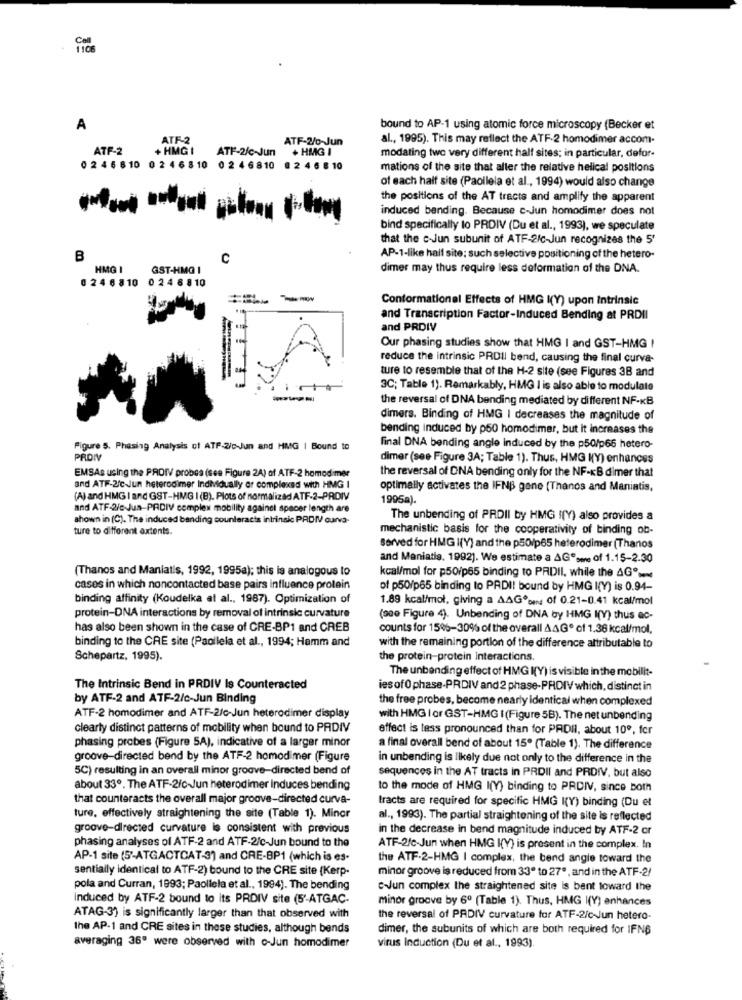
A
bound to AP-1 using atomic force microscopy (Becker et
ATF-2
ATF-2/0-Jun
al ., 1995). This may reflect the ATF-2 homodimer accom-
ATF-2
+ HMG I
ATP-2/c-Jun
+ HMG I
modating two very different half sites; in particular, defor-
0 2 46 610 0 2 4 6 810
0 2 4 6 810 0 2 4 6 8 10
mations of the site that aller the relative helical positions
of each half site (Paollela et al ., 1994) would also change
the positions of the AT tracts and amplify the apparent
induced bending. Because c-Jun homodimer does not
bind specifically to PRDIV (Du et al ., 1993), we speculate
that the c-Jun subunit of ATF-2/c-Jun recognizes the 5'
B
C
AP-1-like half site; such selective positioning of the hetero-
HMG I
GST-HMQ I
dimer may thus require less deformation of the DNA.
0 24 6 810 0 24 8 810
== =
Conformational Effects of HMG I(Y) upon intrinsic
and Transcription Factor-Induced Bending at PRDII
and PRDIV
Our phasing studies show that HMG I and GST-HMG !
reduce the intrinsic PRDII bend, causing the final curva-
ture to resemble that of the H-2 site (see Figures 3B and
3C; Table 1). Remarkably, HMG I is also able to modulate
the reversal of DNA bending mediated by different NF-KB
dimers. Binding of HMG | decreases the magnitude of
bending induced by p50 homodimer, but it increases the
Figure 5. Phasing Analysis of ATP-2/c-Jun and HMG | Bound to
final DNA bending angle induced by the p50/p66 hetero-
PROM
dimer (see Figure 3A; Table 1). Thus, HMG I(Y) enhances
the reversal of DNA bending only for the NF-KB dimer that
EMSAs using the PROIV probes (see Figure 2A) of ATF-2 homodimer
and ATF-2/c-Jun heterodimer Individually or complexed with HIMG I
optimally activates the IFNB gone (Thanos and Maniatis,
(A) and HMG I and GST-HMG I (B). Plots of normalizad ATF-2-PRDIV
1995a).
and ATF-2/c-Jun-PRDIV complex mobility against spacer length are
shown in (C). The induced banding counteracts intrinsic PRDIV curva-
The unbending of PRDII by HMG I(Y) also provides a
ture to different axtents.
mechanistic basis for the cooperativity of binding ob-
Served for HMG I(Y) and the p50/p65 heterodimer (Thanos
and Maniatis, 1992). We estimate a AGº- of 1.15-2.30
(Thanos and Maniatis, 1992, 1995a); this is analogous to
kcal/mol for p50/p65 binding to PRDII, while the AG">
cases in which noncontacted base pairs influence protein
of p50/p65 binding to PRDI! bound by HMG I(Y) is 0.94-
binding affinity (Koudelka at al ., 1987). Optimization of
1.89 kcal/mol, giving a AAGesen of 0.21-0.41 kcal/mol
protein-DNA interactions by removal of intrinsic curvature
(see Figure 4). Unbending of DNA by HMG I(Y) thus ac-
has also been shown in the case of CRE-BP1 and CREB
counts for 15%-30% of the overall AAGº of 1.36 kcal/mol,
binding to the CRE site (Paoilela et al ., 1994; Hamm and
with the remaining portion of the difference attributable to
Schepartz, 1995).
the protein-protein Interactions.
The unbending effect of HMG I(Y) is visible in the mobilit-
The Intrinsic Bend in PRDIV Is Counteracted
ies of0 phase-PRDIV and 2 phase-PRDIV which, distinct in
by ATF-2 and ATF-2/c-Jun Binding
the free probes, become nearly identical when complexed
ATF-2 homodimer and ATF-2/c-Jun heterodimer display
with HMG / or GST-HMG I (Figure 5B). The net unbending
clearly distinct patterns of mobility when bound to PRDIV
effect is less pronounced than for PRDII, about 10º, for
phasing probes (Figure 5A), indicative of a larger minor
a final overall bend of about 15º (Table 1). The difference
groove-directed bend by the ATF-2 homodimer (Figure
in unbending is likely due not only to the difference in the
5C) resulting in an overall minor groove-directed bend of
sequences in the AT tracts in PRDII and PRDIV, but also
about 33º. The ATF-2/c-Jun heterodimer induces bending
to the mode of HMG I(Y) binding to PRDIV, since both
that counteracts the overall major groove-directed curva-
tracts are required for specific HMG I(Y) binding (Du et
ture, effectively straightening the site (Table 1). Minor
al ., 1993). The partial straightening of the site is reflected
groove-directed curvature is consistent with previous
in the decrease in bend magnitude induced by ATF-2 cr
phasing analyses of ATF-2 and ATF-2/c-Jun bound to the
ATF-2/c-Jun when HMG I(V) is present in the complex. In
AP-1 site (5'-ATGACTCAT-3) and CRE-BP1 (which is es-
the ATF-2-HMG I complex, the bend angle toward the
sentially identical to ATF-2) bound to the CRE site (Kerp-
minor groove is reduced from 33º to 27º, and in the ATF-2/
pola and Curran, 1993; Paoliela et al ., 1994). The bending
colun complex the straightened site is bent toward the
Induced by ATF-2 bound to its PRDIV site (5'-ATGAC.
minor groove by 6º (Table 1). Thus, HMG I(Y) enhances
ATAG-3) is significantly larger than that observed with
the reversal of PADIV curvature for ATF-2/c Jun hetero-
the AP-1 and CRE sites in these studies, although bends
dimer, the subunits of which are both required for IFNB
averaging 36ª were observed with c-Jun homodimer
virus Induction (Du et al ., 1993).